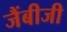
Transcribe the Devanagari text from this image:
जैंबीजी